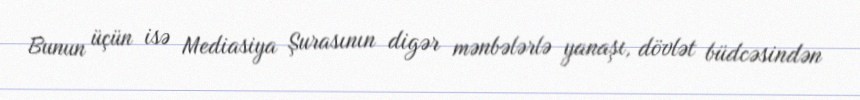
Bunun üçün isə Mediasiya Şurasının digər mənbələrlə yanaşı, dövlət büdcəsindən